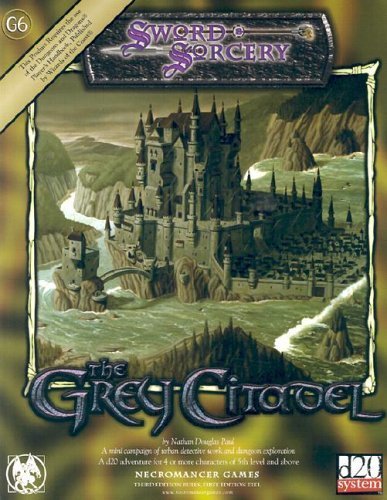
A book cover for Grey Citadel (d20 Generic System); Nathan Paul; Science Fiction & Fantasy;